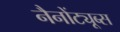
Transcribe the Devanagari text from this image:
नैनोंट्यूब्स